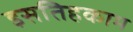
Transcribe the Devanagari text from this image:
इसतिहकाम